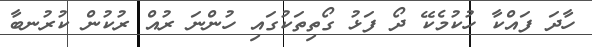
ހާދަ ފައްކާ ހުކުމެކޭ ދޯ ފަޅު ގޯތިތަކުގައި ހުންނަ ރުއް ރުކުން ކުރުނބާ